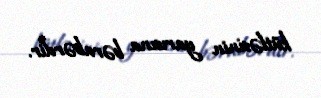
kütləsinin yarısına bərabərdir.